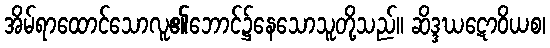
အိမ်ရာထောင်သောလူ၏ဘောင်၌နေသောသူတို့သည်။ ဆိဒ္ဒဃဋောဝိယစ၊